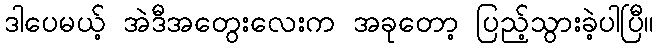
ဒါပေမယ့် အဲဒီအတွေးလေးက အခုတော့ ပြည့်သွားခဲ့ပါပြီ။